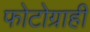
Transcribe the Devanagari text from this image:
फोटोग्राही